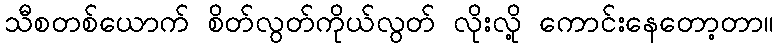
သီစတစ်ယောက် စိတ်လွတ်ကိုယ်လွတ် လိုးလို့ ကောင်းနေတော့တာ။